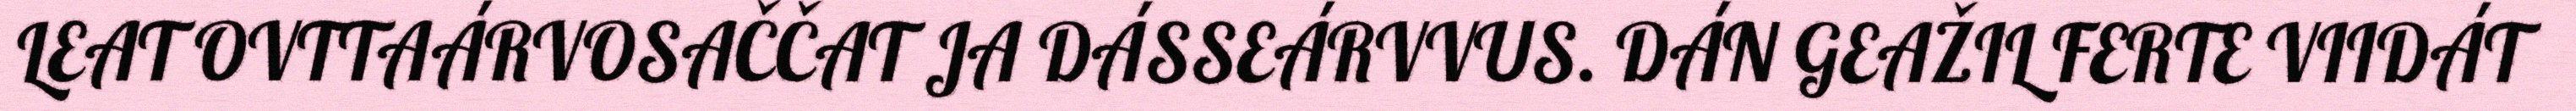
LEAT OVTTAÁRVOSAČČAT JA DÁSSEÁRVVUS. DÁN GEAŽIL FERTE VIIDÁT